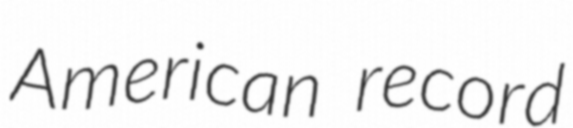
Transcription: American record